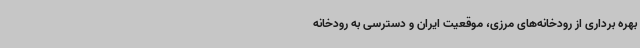
بهره برداری از رودخانه‌های مرزی، موقعیت ایران و دسترسی به رودخانه